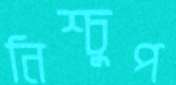
নিশ্চুপ